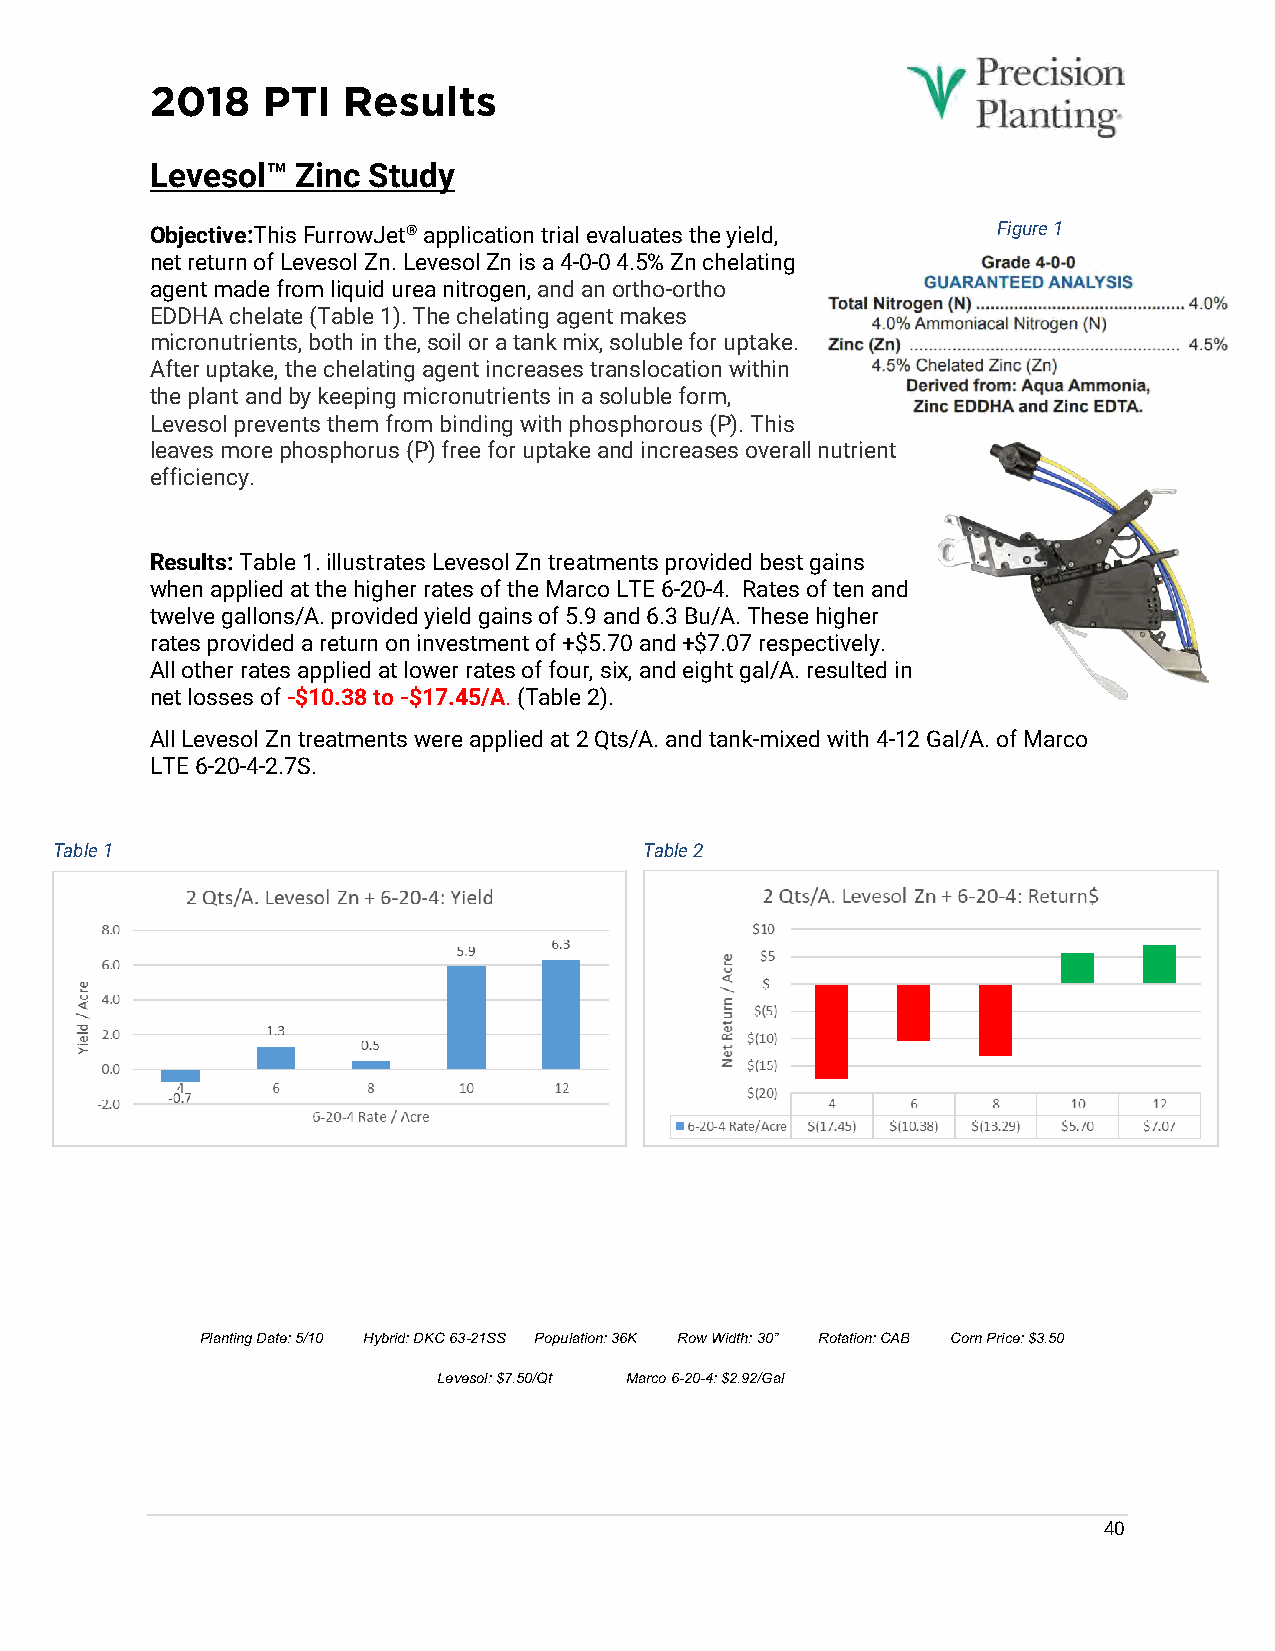
2018   PTI   Results
 Levesol™  Zinc Study
 Objective:This FurrowJet® application trial evaluates the yield, Figure 1
 net return of Levesol Zn. Levesol Zn is a 4-0-0 4.5% Zn chelating
 agent made from liquid urea nitrogen, and an ortho-ortho
 EDDHA chelate (Table 1). The chelating agent makes
 micronutrients, both in the, soil or a tank mix, soluble for uptake.
 After uptake, the chelating agent increases translocation within
 the plant and by keeping micronutrients in a soluble form,
 Levesol prevents them from binding with phosphorous (P). This
 leaves more phosphorus (P) free for uptake and increases overall nutrient
 efficiency.
 Results: Table 1. illustrates Levesol Zn treatments provided best gains
 when applied at the higher rates of the Marco LTE 6-20-4. Rates of ten and
 twelve gallons/A. provided yield gains of 5.9 and 6.3 Bu/A. These higher
 rates provided a return on investment of +$5.70 and +$7.07 respectively.
 All other rates applied at lower rates of four, six, and eight gal/A. resulted in
 net losses of -$10.38 to -$17.45/A. (Table 2).
 All Levesol Zn treatments were applied at 2 Qts/A. and tank-mixed with 4-12 Gal/A. of Marco
 LTE 6-20-4-2.7S.
 Table 1                                 Table 2
 Planting Date: 5/10 Hybrid: DKC 63-21SS Population: 36K Row Width: 30” Rotation: CAB Corn Price: $3.50
 Levesol: $7.50/Qt Marco 6-20-4: $2.92/Gal
 40